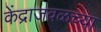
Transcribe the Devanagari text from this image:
केंद्राजवळच्या